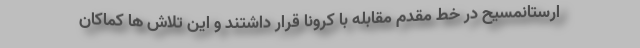
ارستانمسیح در خط مقدم مقابله با کرونا قرار داشتند و این تلاش ها کماکان